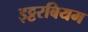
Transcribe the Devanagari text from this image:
इट्टरबियम